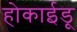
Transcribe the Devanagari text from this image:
होकाईडू